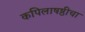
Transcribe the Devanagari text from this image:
कपिलाषष्ठीचा